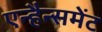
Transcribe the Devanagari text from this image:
एन्हैन्समेंट